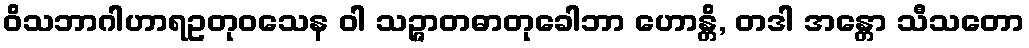
ဝိသဘာဂါဟာရဥတုဝသေန ဝါ သဉ္ဇာတဓာတုခေါဘာ ဟောန္တိ, တဒါ အန္တော သီသတော